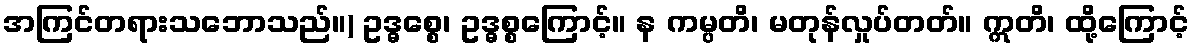
အကြင်တရားသဘောသည်။) ဥဒ္ဓစ္စေ၊ ဥဒ္ဓစ္စကြောင့်။ န ကမ္ပတိ၊ မတုန်လှုပ်တတ်။ ဣတိ၊ ထို့ကြောင့်